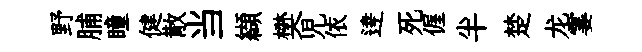
野脯瞳健散当纈樊児依逹死偓半楚龙霎